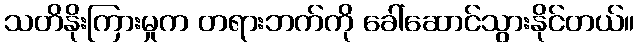
သတိနိုးကြားမှုက တရားဘက်ကို ခေါ်ဆောင်သွားနိုင်တယ်။